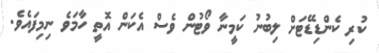
ކުރި ކެންޑިޑޭޓަށް ލިބުނު ކަމީނާ ވޯޓުން ވެސް އެކަން އޮތީ ހާމަވެ ނިމިފައެވެ.